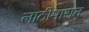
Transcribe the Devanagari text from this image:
लाठीमारात